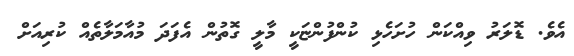
އެވެ. ޑޮލަރު ވިއްކަން ހުށަހެޅި ކުންފުންޏަކީ މާލީ ގޮތުން އެފަދަ މުއާމަލާތެއް ކުރިއަށް